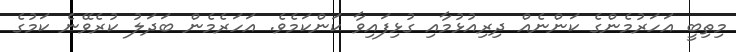
މިތިބީ އަހަރުމެންގެ ކަންނެއް ދިރިއުޅުމާއި ގުޅިފައިވާ ކަންކަމެވެ. އަހަރެމެން ބަދަލު ކުރެވޭނެ ކަމުގެ